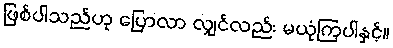
ဖြစ်ပါသည်ဟု ပြောလာ လျှင်လည်း မယုံကြပါနှင့်။